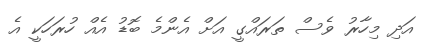
އަދި މިހާރު ވެސް ތަރައްގީ އަށް އެންމެ ބޮޑު އެއް ހުރަހަކީ އެ